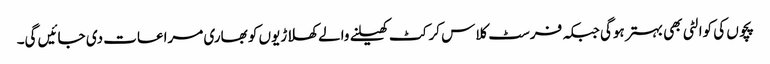
پچوں کی کوالٹی بھی بہتر ہوگی جبکہ فرسٹ کلاس کرکٹ کھیلنے والے کھلاڑیوں کو بھاری مراعات دی جائیں گی۔